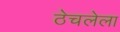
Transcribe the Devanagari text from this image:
ठेचलेला